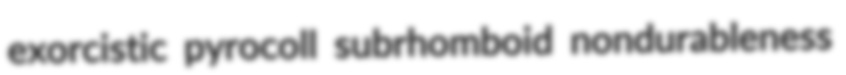
exorcistic pyrocoll subrhomboid nondurableness